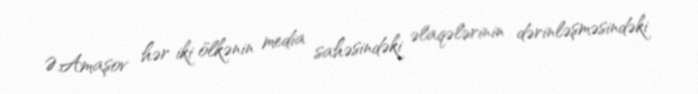
Ə.Amaşov hər iki ölkənin media sahəsindəki əlaqələrinin dərinləşməsindəki